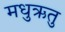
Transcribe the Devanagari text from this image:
मधुऋतु